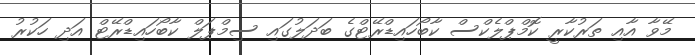
މޭވާ އާއި ތަރުކާރީ ކޮމްޕްލެކްސް ކާބޯހައިޑްރޭޓްގެ ބަދަލުގައި ސިމްޕަލް ކާބޯހައިޑްރޭޓް އަދި ހަކުރު